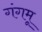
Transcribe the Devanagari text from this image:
गंगमू